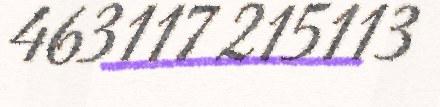
463117 215113